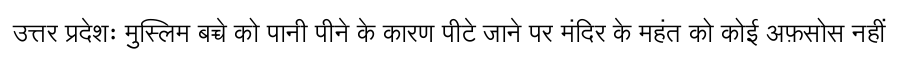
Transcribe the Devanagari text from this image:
उत्तर प्रदेशः मुस्लिम बच्चे को पानी पीने के कारण पीटे जाने पर मंदिर के महंत को कोई अफ़सोस नहीं